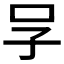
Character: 𠯂